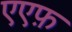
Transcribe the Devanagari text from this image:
एएफ़